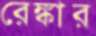
রেঙ্কার